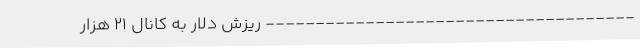
------------------------------------- ریزش دلار به کانال ۲۱ هزار